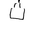
Letter: _tha